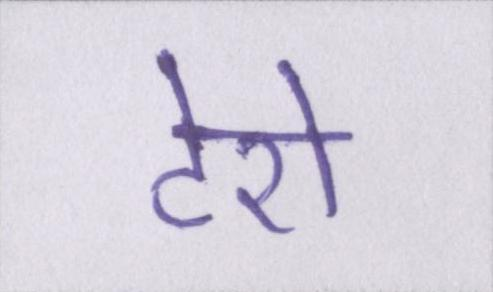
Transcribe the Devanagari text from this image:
टेरो